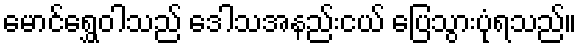
မောင်ရွှေဝါသည် ဒေါသအနည်းငယ် ပြေသွားပုံရသည်။